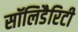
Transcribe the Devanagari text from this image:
सॉलिडैरिटी